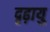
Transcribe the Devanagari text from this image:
दृढ़ायु